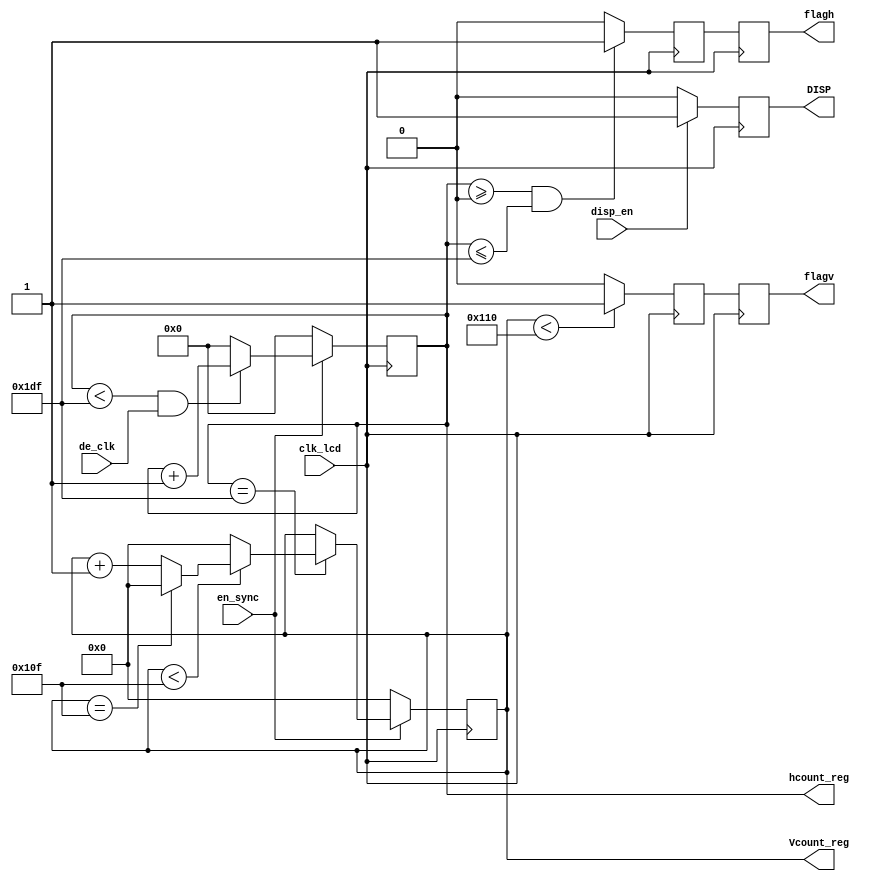


`timescale 1ns / 1ps
//////////////////////////////////////////////////////////////////////////////////
// Company: 
// Engineer: 
// 
// Design Name: 
// Module Name:    sync 
// Project Name: 
// Target Devices: 
// Tool versions: 
// Description: 
//
// Dependencies: 
//
// Revision: 
// Revision 0.01 - File Created
// Additional Comments: 
//
//////////////////////////////////////////////////////////////////////////////////

module sync(disp_en,de_clk,en_sync,clk_lcd,flagh, flagv, hcount_reg,Vcount_reg,DISP);

input  disp_en,en_sync, clk_lcd,de_clk; 
output reg  flagh, flagv,DISP; 
output reg [9:0] hcount_reg; 
output reg [8:0] Vcount_reg; 
reg  FLAG_H, FLAG_V; 
initial 
begin
hcount_reg<=0;
Vcount_reg<=0;
end
//Horizontal SYNC
always @(posedge clk_lcd)
begin
if(en_sync==0)
hcount_reg<=0;
else
begin
if  ((hcount_reg<479) & (de_clk)) 
hcount_reg<=hcount_reg+1'b1;
else 
hcount_reg<=0;
end
end

always@(posedge clk_lcd)
begin
if((hcount_reg>=0)&(hcount_reg<=479)) 
FLAG_H<=1;
else
FLAG_H<=0;
end


//Vertical SYNC
always@(posedge clk_lcd)
begin
if(en_sync==0)
Vcount_reg<=0;
else
begin
if(hcount_reg==479) 
if (Vcount_reg<271) 
begin
    Vcount_reg<=Vcount_reg+1'b1;
    if(Vcount_reg==271)
    Vcount_reg<=0;
 end
else
Vcount_reg<=0;
end
end

always@(posedge clk_lcd)
begin
if(Vcount_reg<272) 
		FLAG_V<=1;
		else
		FLAG_V<=0;
end

always@(posedge clk_lcd) 
begin

flagh<=FLAG_H; //display area
flagv<=FLAG_V;
end

//signal DISP
always@(posedge clk_lcd)
begin
if (disp_en)
DISP<=1;
else 
DISP<=0; 
end


endmodule